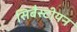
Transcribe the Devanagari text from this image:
सिबैस्टीयन